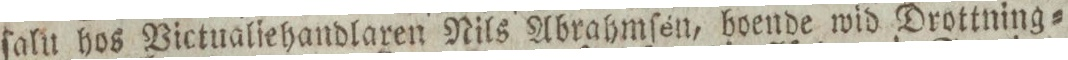
ſalu hos Victualiehandlaren Nils Abrahmſén, boende wid Drottning=